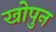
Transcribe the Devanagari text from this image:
खोपुन